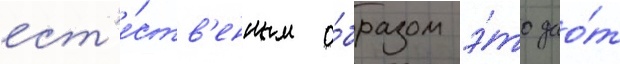
ест'е́ств'енным о́бразом э́то дао́т